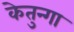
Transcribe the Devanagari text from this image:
केतुन्गा